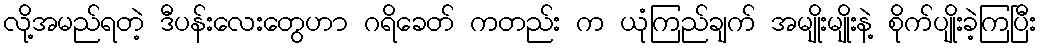
လို့အမည်ရတဲ့ ဒီပန်းလေးတွေဟာ ဂရိခေတ် ကတည်း က ယုံကြည်ချက် အမျိုးမျိုးနဲ့ စိုက်ပျိုးခဲ့ကြပြီး